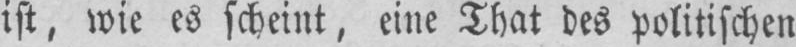
ist, wie es scheint, eine That des politischen